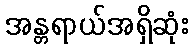
အန္တရာယ်အရှိဆုံး